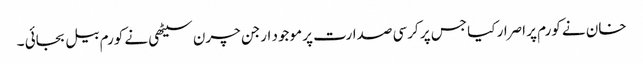
خان نے کورم پر اصرار کیا جس پر کرسی صدارت پر موجود ارجن چرن سیٹھی نے کورم بیل بجائی ۔